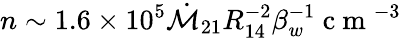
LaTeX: n\sim 1.6\times 10^{5}\dot{\mathcal{M}}_{21}R_{14}^{-2}\beta_{w}^{-1}\mathrm{~c~m~}^{-3}